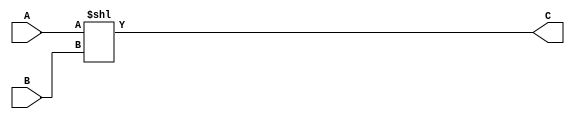
module shl(A,B,C);
input [31:0] A, B;
output [31:0] C;
always @ (A, B) begin
    C = A << B;
    end
endmodule